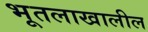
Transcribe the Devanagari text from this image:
भूतलाखालील